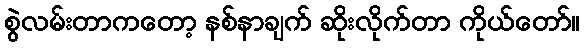
စွဲလမ်းတာကတော့ နစ်နာချက် ဆိုးလိုက်တာ ကိုယ်တော်။